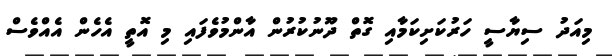
މިއަދު ސިޔާސީ ހަރުކަށިކަމާއި ގޮތް ދޫނުކުރުން އާންމުވެފައި މި އޮތީ އެހެން އެއްވެސް